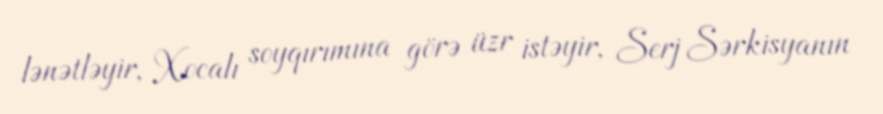
lənətləyir, Xocalı soyqırımına görə üzr istəyir, Serj Sərkisyanın